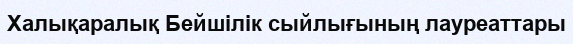
Халықаралық Бейшілік сыйлығының лауреаттары